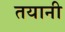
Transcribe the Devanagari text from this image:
तयानी